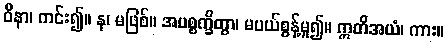
ဝိနာ၊ ကင်း၍။ န၊ မဖြစ်။ အပစ္စက္ခိတွာ၊ မပယ်စွန့်မူ၍။ ဣတိအယံ၊ ကား။